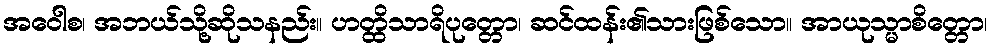
အဝေါစ၊ အဘယ်သို့ဆိုသနည်း။ ဟတ္ထိသာရိပုတ္တော၊ ဆင်ထန်း၏သားဖြစ်သော။ အာယုသ္မာစိတ္တော၊